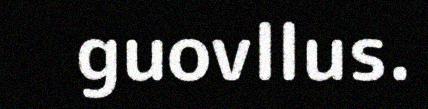
guovllus.